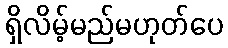
ရှိလိမ့်မည်မဟုတ်ပေ